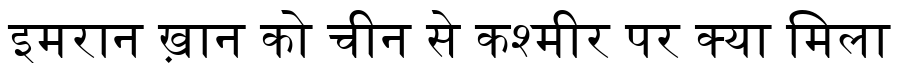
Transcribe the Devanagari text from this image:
इमरान ख़ान को चीन से कश्मीर पर क्या मिला